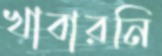
খাবারনি